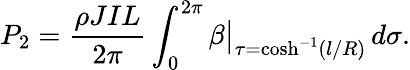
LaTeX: P_{2}=\frac{\rho JIL}{2\pi}\int_{0}^{2\pi}\beta\big|_{\tau=\cosh^{-1}(l/R)}\, d\sigma.